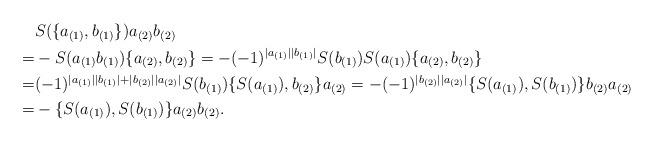
LaTeX: \begin{align*}&S(\{a_{(1)}, b_{(1)}\})a_{(2)}b_{(2)}\\=&-S(a_{(1)}b_{(1)})\{a_{(2)}, b_{(2)}\}=-(-1)^{|a_{(1)}||b_{(1)}|}S(b_{(1)})S(a_{(1)})\{a_{(2)}, b_{(2)}\}\\=&(-1)^{|a_{(1)}||b_{(1)}|+|b_{(2)}||a_{(2)}|}S(b_{(1)})\{S(a_{(1)}),b_{(2)}\}a_{(2)}=-(-1)^{|b_{(2)}||a_{(2)}|}\{S(a_{(1)}),S(b_{(1)})\}b_{(2)}a_{(2)}\\=&-\{S(a_{(1)}), S(b_{(1)})\}a_{(2)}b_{(2)}.\end{align*}